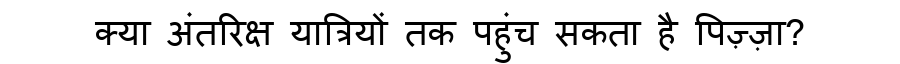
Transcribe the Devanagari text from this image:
क्या अंतरिक्ष यात्रियों तक पहुंच सकता है पिज़्ज़ा?